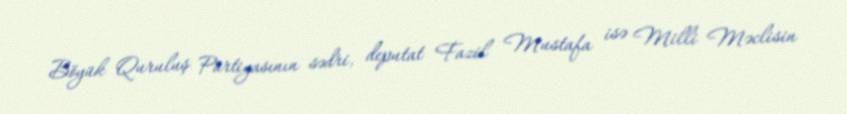
Böyük Quruluş Partiyasının sədri, deputat Fazil Mustafa isə Milli Məclisin